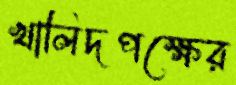
খালিদপক্ষের